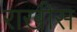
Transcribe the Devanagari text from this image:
राखीस